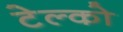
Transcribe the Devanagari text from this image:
टेल्‍को